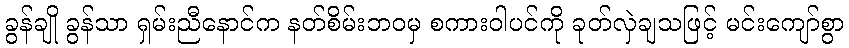
ခွန်ချို ခွန်သာ ရှမ်းညီနောင်က နတ်စိမ်းဘဝမှ စကားဝါပင်ကို ခုတ်လှဲချသဖြင့် မင်းကျော်စွာ